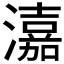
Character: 𤀺